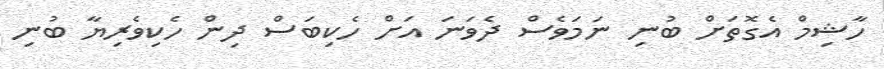
ހާޝިމް އެގޮތަށް ބުނި ނަމަވެސް ދެވަނަ އަށް ހެކިބަސް ދިން ހެކިވެރިޔާ ބުނި